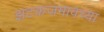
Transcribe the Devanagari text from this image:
झटकजमावच्या